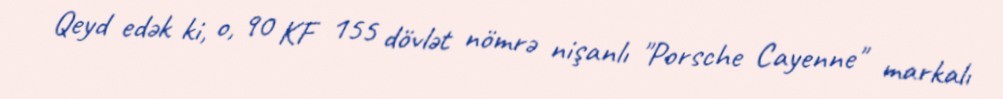
Qeyd edək ki, o, 90 KF 155 dövlət nömrə nişanlı "Porsche Cayenne" markalı